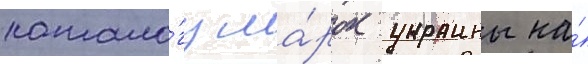
катало́гу ма́рок украины на́